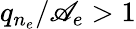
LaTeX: q_{n_{e}}/\mathscr{A}_{e}>1